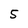
Character: 5